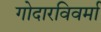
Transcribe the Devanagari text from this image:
गोदारविवर्मा